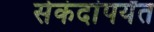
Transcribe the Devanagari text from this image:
सेकंदांपर्यंत